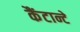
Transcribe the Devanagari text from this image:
कैंटान्टे